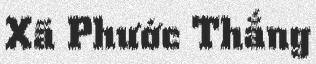
Xã Phước Thắng